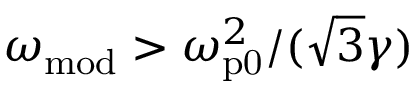
\omega _ { \mathrm { m o d } } > \omega _ { \mathrm { p 0 } } ^ { 2 } / ( \sqrt { 3 } \gamma )